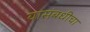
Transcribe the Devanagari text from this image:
यासंबधीचा